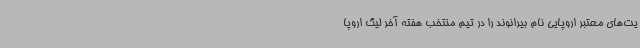
یت‌های معتبر اروپایی نام بیرانوند را در تیم منتخب هفته آخر لیگ اروپا